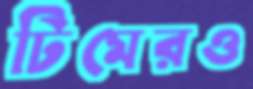
টিমেরও